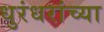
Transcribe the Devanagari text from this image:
धुरंधरांच्या